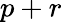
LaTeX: p+r